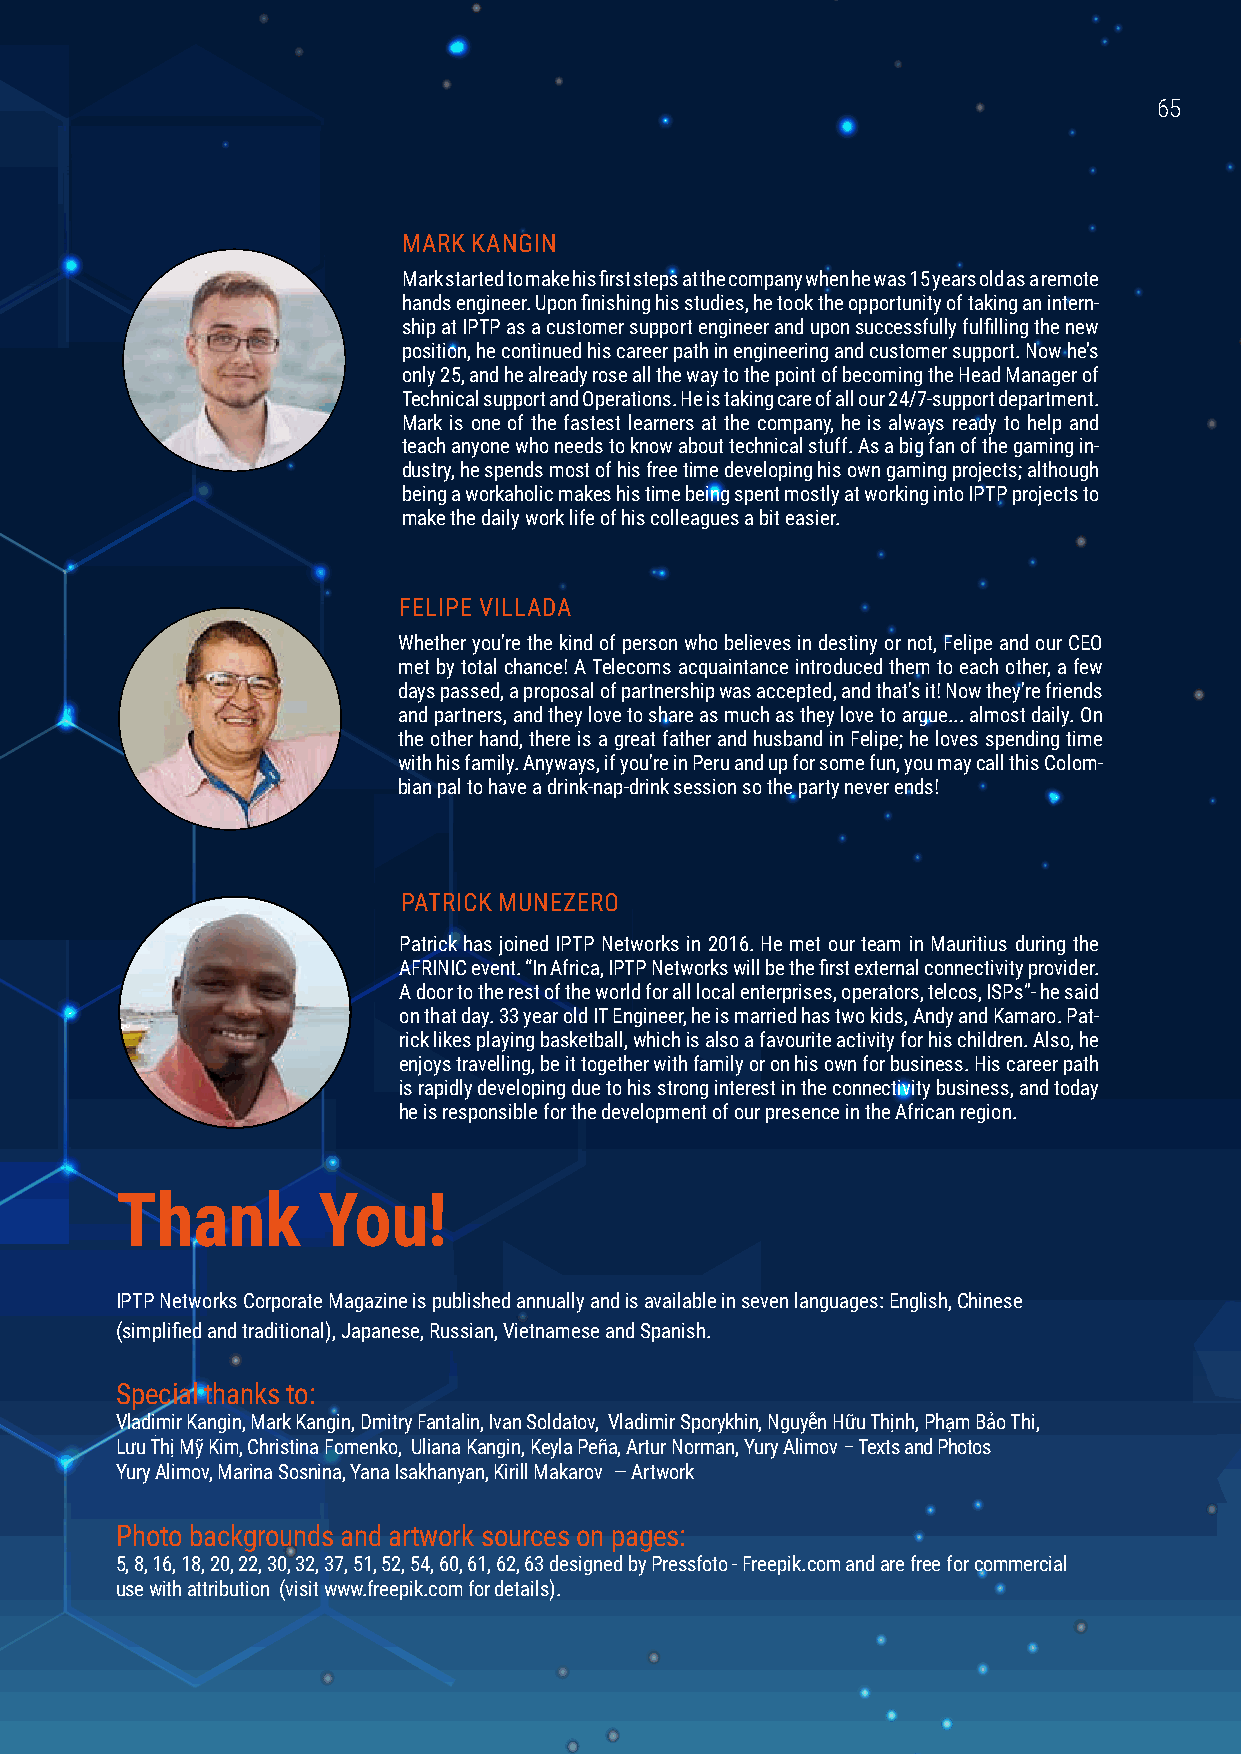
6655
 MARK KANGIN
 Mark started to make his first steps at the company when he was 15 years old as a remote
 hands engineer. Upon finishing his studies, he took the opportunity of taking an intern-
 ship at IPTP as a customer support engineer and upon successfully fulfilling the new
 position, he continued his career path in engineering and customer support. Now he’s
 only 25, and he already rose all the way to the point of becoming the Head Manager of
 Technical support and Operations. He is taking care of all our 24/7-support department.
 Mark is one of the fastest learners at the company, he is always ready to help and
 teach anyone who needs to know about technical stuff. As a big fan of the gaming in-
 dustry, he spends most of his free time developing his own gaming projects; although
 being a workaholic makes his time being spent mostly at working into IPTP projects to
 make the daily work life of his colleagues a bit easier.
 FELIPE VILLADA
 Whether you're the kind of person who believes in destiny or not, Felipe and our CEO
 met by total chance! A Telecoms acquaintance introduced them to each other, a few
 days passed, a proposal of partnership was accepted, and that's it! Now they're friends
 and partners, and they love to share as much as they love to argue... almost daily. On
 the other hand, there is a great father and husband in Felipe; he loves spending time
 with his family. Anyways, if you're in Peru and up for some fun, you may call this Colom-
 bian pal to have a drink-nap-drink session so the party never ends!
 PATRICK MUNEZERO
 Patrick has joined IPTP Networks in 2016. He met our team in Mauritius during the
 AFRINIC event. “In Africa, IPTP Networks will be the first external connectivity provider.
 A door to the rest of the world for all local enterprises, operators, telcos, ISPs”- he said
 on that day. 33 year old IT Engineer, he is married has two kids, Andy and Kamaro. Pat-
 rick likes playing basketball, which is also a favourite activity for his children. Also, he
 enjoys travelling, be it together with family or on his own for business. His career path
 is rapidly developing due to his strong interest in the connectivity business, and today
 he is responsible for the development of our presence in the African region.
 Thank        You!
 IPTP Networks Corporate Magazine is published annually and is available in seven languages: English, Chinese
 (simplified and traditional), Japanese, Russian, Vietnamese and Spanish.
 Special thanks to:
 Vladimir Kangin, Mark Kangin, Dmitry Fantalin, Ivan Soldatov, Vladimir Sporykhin, Nguyễn Hữu Thịnh, Phạm Bảo Thi,
 Lưu Thị Mỹ Kim, Christina Fomenko, Uliana Kangin, Keyla Peña, Artur Norman, Yury Alimov – Texts and Photos
 Yury Alimov, Marina Sosnina, Yana Isakhanyan, Kirill Makarov — Artwork
 Photo backgrounds and artwork sources on pages:
 5, 8, 16, 18, 20, 22, 30, 32, 37, 51, 52, 54, 60, 61, 62, 63 designed by Pressfoto - Freepik.com and are free for commercial
 use with attribution (visit www.freepik.com for details).
 www.iptp.com